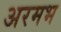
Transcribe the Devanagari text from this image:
अरमभ